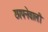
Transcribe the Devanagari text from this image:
छापनेवाली